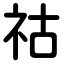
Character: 祜